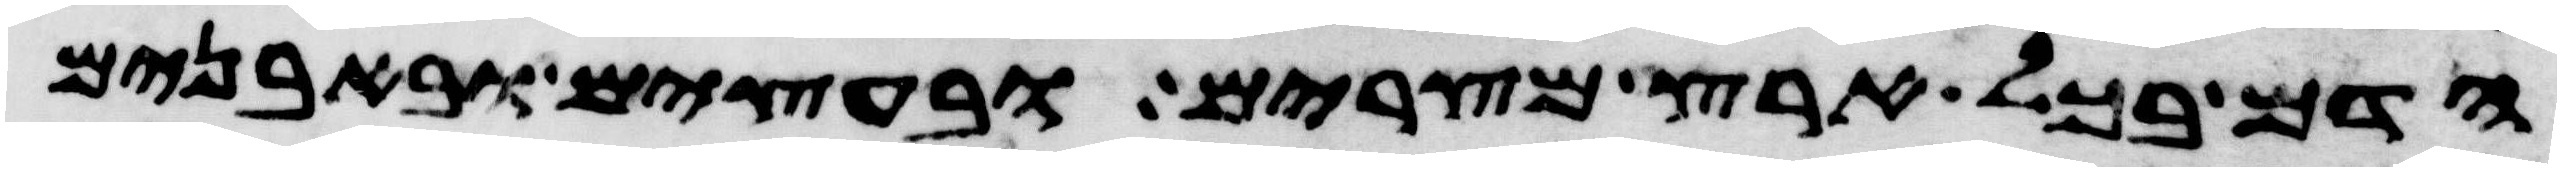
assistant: הדם בכל ארץ מצרים ובעצים ובאבנים